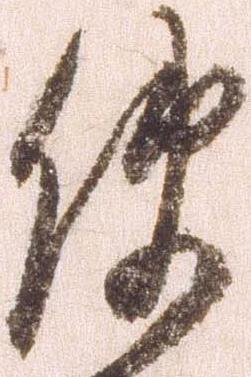
使